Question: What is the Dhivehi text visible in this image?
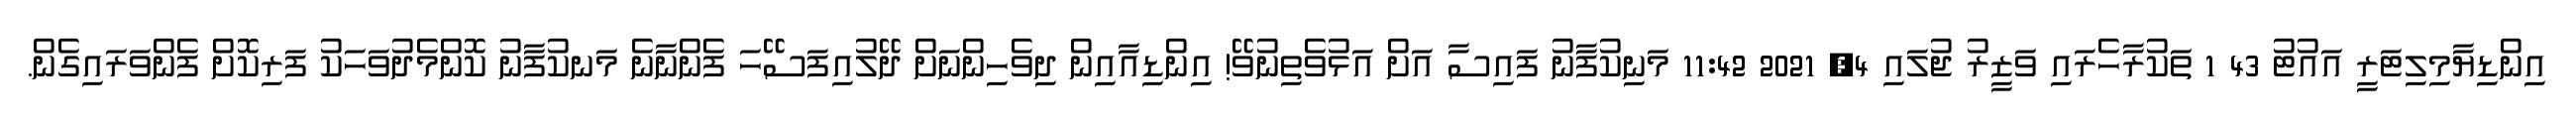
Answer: އިންޑިޔާމިލިޓަރީ އައުޓު 43 1 ތަކުރާހެރައި ވަޒީރު ޖުލައި 4, 2021 11:42 މަނިކުފާނު ފައިސާ އަށް އަޅުވެތިނުވޭ! އިންޑިއާއިން ދިވެހިންނަށް ދޭލުއިފަސޭހަ ފެންނާނެ މަނކުފާނު ކޮންމެދުވަހަކު ފަރިކޮށް ފެންވަރައިގެން.